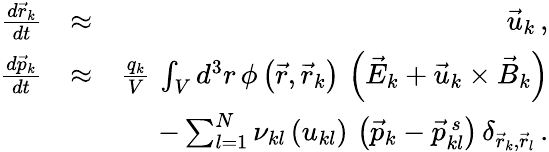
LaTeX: \begin{array}{rlr}{\frac{d\vec{r}_{k}}{dt}}&{\approx}&{\vec{u}_{k}\, ,}\\ {\frac{d\vec{p}_{k}}{dt}}&{\approx}&{\frac{q_{k}}{V}\, \int_{V}d^{3}r\, \phi\left(\vec{r},\vec{r}_{k}\right)\, \left(\vec{E}_{k}+\vec{u}_{k}\times\vec{B}_{k}\right)}\\ &{}&{-\sum_{l=1}^{N}\nu_{kl}\left(u_{kl}\right)\, \left(\vec{p}_{k}-\vec{p}_{kl}^{\, s}\right)\, \delta_{\vec{r}_{k},\vec{r}_{l}}\, .}\end{array}